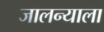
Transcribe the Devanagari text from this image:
जालन्याला